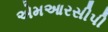
એમઆરસીપી